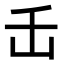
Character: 𬼈